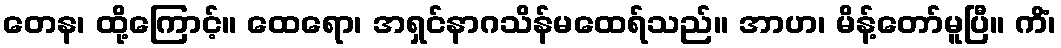
တေန၊ ထို့ကြောင့်။ ထေရော၊ အရှင်နာဂသိန်မထေရ်သည်။ အာဟ၊ မိန့်တော်မူပြီ။ ကိံ၊